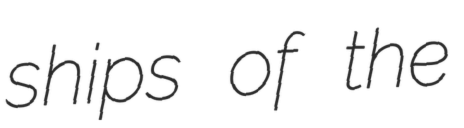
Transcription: ships of the